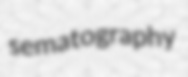
sematography